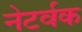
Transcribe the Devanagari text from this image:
नेटर्वक